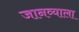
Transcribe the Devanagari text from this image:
जानव्याला